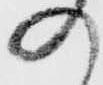
の